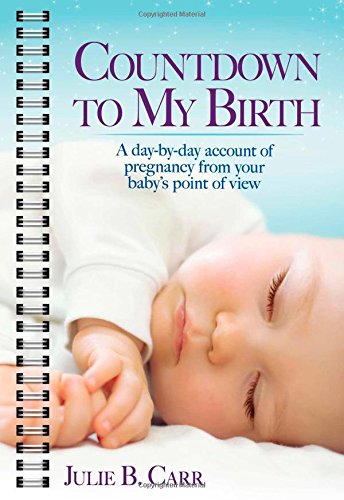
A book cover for Countdown to My Birth: A day by day account from your baby's point of view; Julie B Carr; Medical Books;